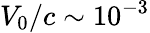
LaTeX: V_{0}/c\sim 10^{-3}